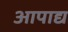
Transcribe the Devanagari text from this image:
आपाद्य